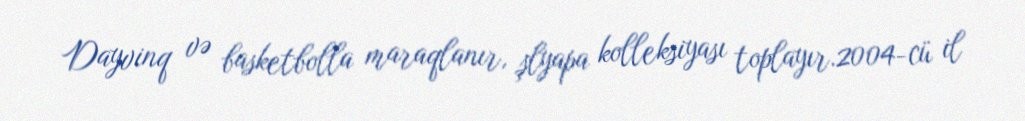
Dayvinq və basketbolla maraqlanır, şlyapa kolleksiyası toplayır.2004-cü il